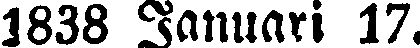
1838 Januari 17.